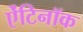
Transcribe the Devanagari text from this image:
ऐंटिनॉक